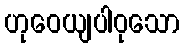
ဟုဝေယျပါဝုသော